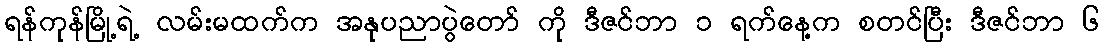
ရန်ကုန်မြို့ရဲ့ လမ်းမထက်က အနုပညာပွဲတော် ကို ဒီဇင်ဘာ ၁ ရက်နေ့က စတင်ပြီး ဒီဇင်ဘာ ၆